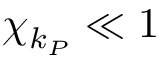
\chi _ { k _ { P } } \ll 1